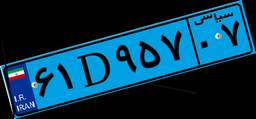
۶۹D۱۵۷۰۷